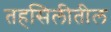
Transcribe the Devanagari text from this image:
तहसिलीतील